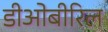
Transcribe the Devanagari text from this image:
डीओबीरिल